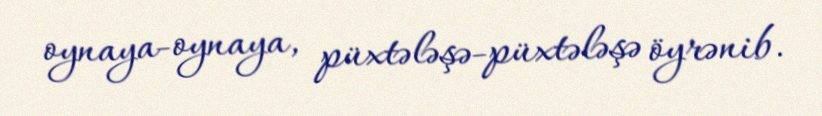
oynaya-oynaya, püxtələşə-püxtələşə öyrənib.